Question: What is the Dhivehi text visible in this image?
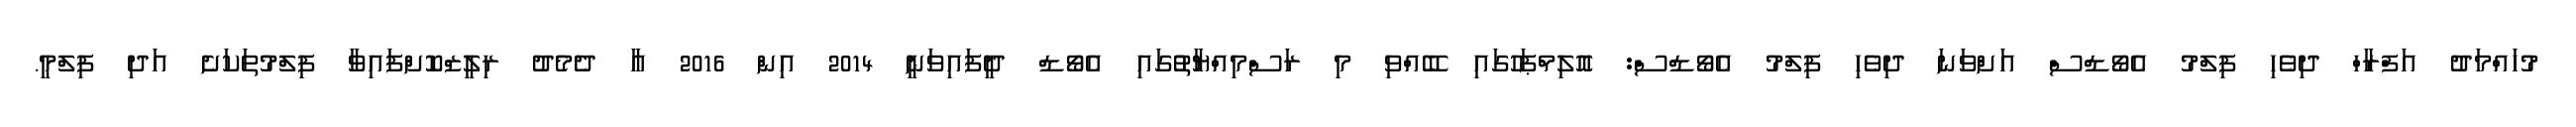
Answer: މުހައްމަދު އަފްރާހް ދިވެހި ފިލްމު އެވޯޑްސް އަށްވަނަ ދިވެހި ފިލްމު އެވޯޑްސް: އޮލިމްޕަހުގައި ބޭއްވި މި ރަސްމިއްޔާތުުގައި އެވޯޑް ދީފައިވަނީ 2014 އިން 2016 އާ ދެމެދު ރިލީޒްކޮށްފައިވާ ފިލްމުތަކަށެ އަދި ފިލްމީ.